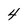
Character: 4